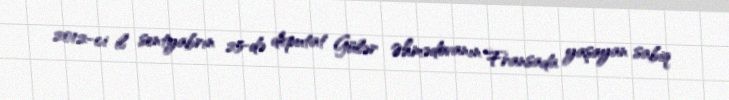
2012-ci il sentyabrın 25-də deputat Gülər Əhmədovanın Fransada yaşayan sabiq